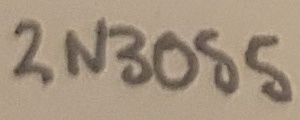
Text: 2N3055